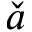
\check { a }